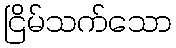
ငြိမ်သက်သော